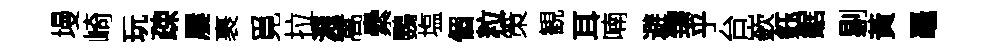
墁崎玩疎屢裹覓拉濺嵩纍鸚塩個粒策観耳喃避臻乎台嶔鈺鋸剔黃鼉